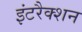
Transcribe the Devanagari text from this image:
इंटरैक्शन